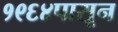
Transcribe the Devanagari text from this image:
१९६४पासून